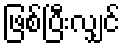
ဖြစ်ပြီးလျှင်